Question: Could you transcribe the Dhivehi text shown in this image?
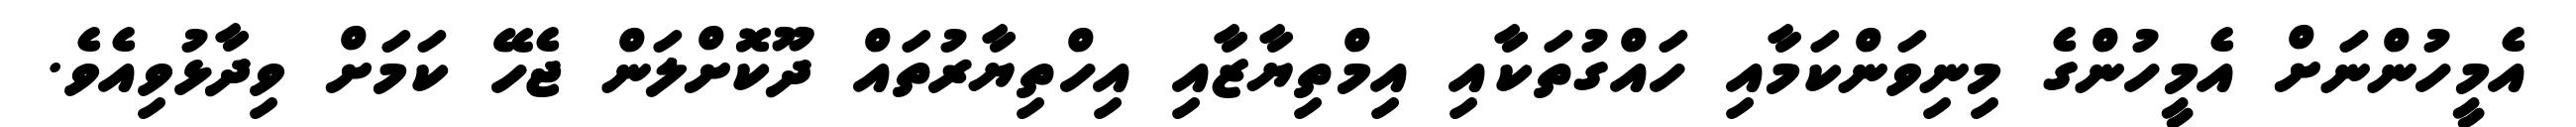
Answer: އެމީހުންނަށް އެމީހުންގެ މިނިވަންކަމާއި ހައްގުތަކާއި އިމްތިޔާޒާއި އިހްތިޔާރުތައް ދޫކޮށްލަން ޖެހޭ ކަމަށް ވިދާޅުވިއެވެ.